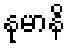
နုမာနိ